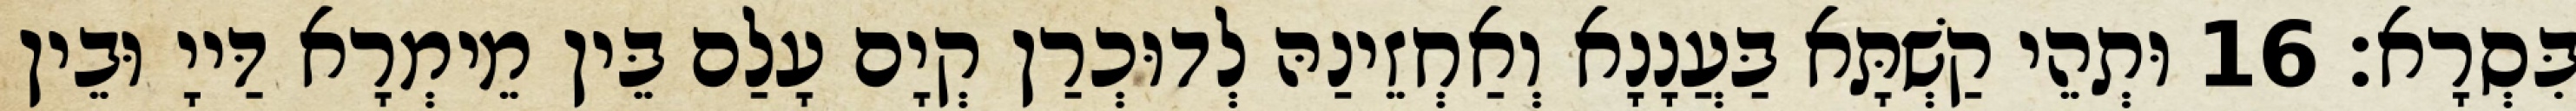
בִּסְרָא׃ 16 וּתְהֵי קַשְׁתָּא בַּעֲנָנָא וְאַחְזֵינַהּ לְדוּכְרַן קְיָם עָלַם בֵּין מֵימְרָא דַּייָ וּבֵין